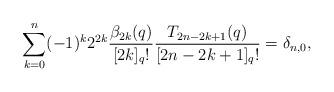
LaTeX: \begin{align*}\sum_{k=0}^{n}(-1)^k 2^{2k}\frac{\beta_{2k}(q)}{[2k]_q!} \frac{T_{2n-2k+1}(q)}{[2n-2k+1]_q!}=\delta_{n,0},\end{align*}